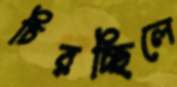
চিরচ্ছিলে